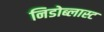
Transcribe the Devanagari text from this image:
निडोब्लास्ट